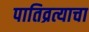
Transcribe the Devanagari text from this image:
पातिव्रत्याचा